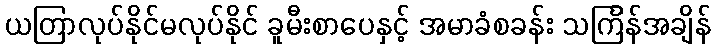
ယတြာလုပ်နိုင်မလုပ်နိုင် ခူမီးစာပေနှင့် အမာခံစခန်း သင်္ကြန်အချိန်